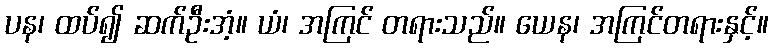
ပန၊ ထပ်၍ ဆက်ဦးအံ့။ ယံ၊ အကြင် တရားသည်။ ယေန၊ အကြင်တရားနှင့်။